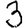
Digit: 3